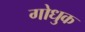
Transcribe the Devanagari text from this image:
गोधुक